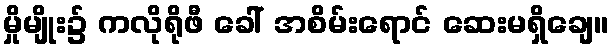
မှိုမျိုး၌ ကလိုရိုဖီ ခေါ် အစိမ်းရောင် ဆေးမရှိချေ။